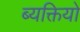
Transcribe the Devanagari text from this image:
ब्यक्तियो